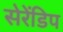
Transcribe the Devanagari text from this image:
सेरेंडिप